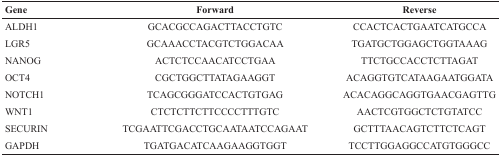
<table><thead><tr><td><b>Gene</b></td><td><b>Forward</b></td><td><b>Reverse</b></td></tr></thead><tbody><tr><td>ALDH1</td><td>GCACGCCAGACTTACCTGTC</td><td>CCACTCACTGAATCATGCCA</td></tr><tr><td>LGR5</td><td>GCAAACCTACGTCTGGACAA</td><td>TGATGCTGGAGCTGGTAAAG</td></tr><tr><td>NANOG</td><td>ACTCTCCAACATCCTGAA</td><td>TTCTGCCACCTCTTAGAT</td></tr><tr><td>OCT4</td><td>CGCTGGCTTATAGAAGGT</td><td>ACAGGTGTCATAAGAATGGATA</td></tr><tr><td>NOTCH1</td><td>TCAGCGGGATCCACTGTGAG</td><td>ACACAGGCAGGTGAACGAGTTG</td></tr><tr><td>WNT1</td><td>CTCTCTTCTTCCCCTTTGTC</td><td>AACTCGTGGCTCTGTATCC</td></tr><tr><td>SECURIN</td><td>TCGAATTCGACCTGCAATAATCCAGAAT</td><td>GCTTTAACAGTCTTCTCAGT</td></tr><tr><td>GAPDH</td><td>TGATGACATCAAGAAGGTGGT</td><td>TCCTTGGAGGCCATGTGGGCC</td></tr></tbody></table>